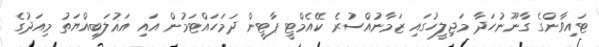
ޓައިވާންގެ ގާނޫނުހަދާ މަޖިލީހުގައި ޒަމާނުއްސުރެ ކޭއެމްޓީ ޕާޓީން ދަމަހައްޓަމުން އައި އަޣުލަބިއްޔަތު މިއަދުގެ